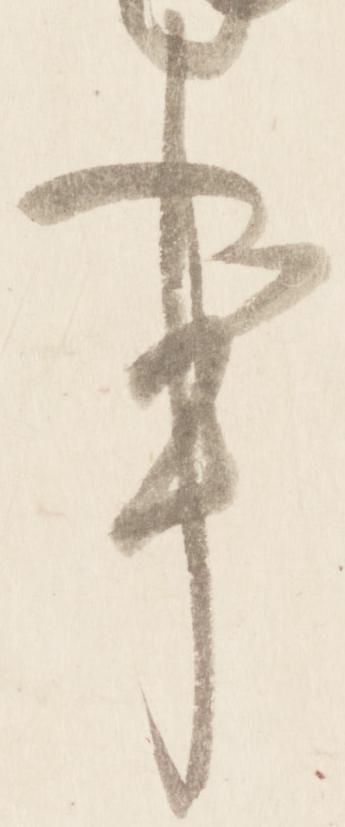
事